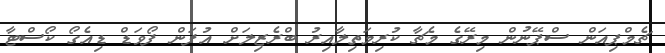
ޗެމްޕިއަން ސްޕޭނުން މިރޭގެ މެޗާ ކުރިމަތިލާއިރު ބްރެޒިލަށް އުފަން ފޯވަޑް ޑިއެގޯ ކޯސްޓާ